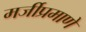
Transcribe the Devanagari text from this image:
मर्जीप्रमाणे